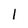
Character: I